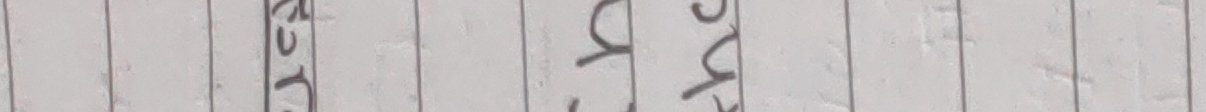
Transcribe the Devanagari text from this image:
उदय